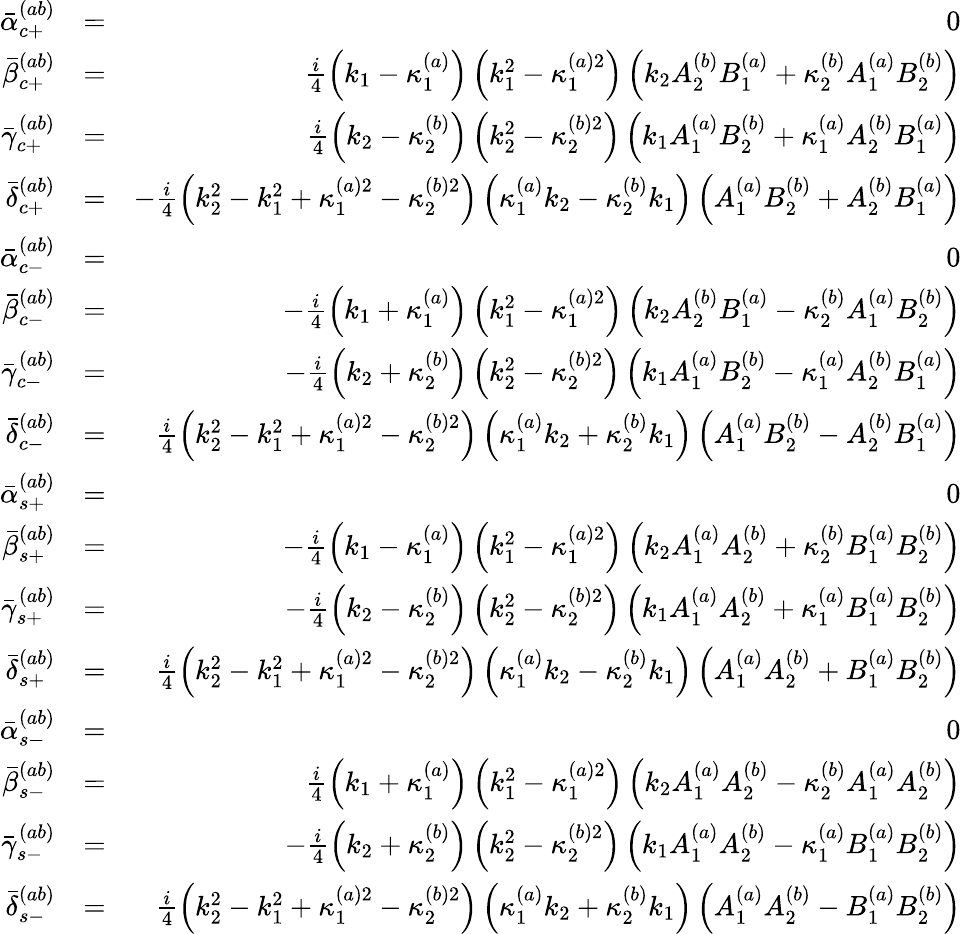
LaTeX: \begin{array}{rlr}{\bar{\alpha}_{c+}^{(ab)}}&{=}&{0}\\ {\bar{\beta}_{c+}^{(ab)}}&{=}&{\frac{i}{4}\left(k_{1}-\kappa_{1}^{(a)}\right)\left(k_{1}^{2}-\kappa_{1}^{(a)2}\right)\left(k_{2}A_{2}^{(b)}B_{1}^{(a)}+\kappa_{2}^{(b)}A_{1}^{(a)}B_{2}^{(b)}\right)}\\ {\bar{\gamma}_{c+}^{(ab)}}&{=}&{\frac{i}{4}\left(k_{2}-\kappa_{2}^{(b)}\right)\left(k_{2}^{2}-\kappa_{2}^{(b)2}\right)\left(k_{1}A_{1}^{(a)}B_{2}^{(b)}+\kappa_{1}^{(a)}A_{2}^{(b)}B_{1}^{(a)}\right)}\\ {\bar{\delta}_{c+}^{(ab)}}&{=}&{-\frac{i}{4}\left(k_{2}^{2}-k_{1}^{2}+\kappa_{1}^{(a)2}-\kappa_{2}^{(b)2}\right)\left(\kappa_{1}^{(a)}k_{2}-\kappa_{2}^{(b)}k_{1}\right)\left(A_{1}^{(a)}B_{2}^{(b)}+A_{2}^{(b)}B_{1}^{(a)}\right)}\\ {\bar{\alpha}_{c-}^{(ab)}}&{=}&{0}\\ {\bar{\beta}_{c-}^{(ab)}}&{=}&{-\frac{i}{4}\left(k_{1}+\kappa_{1}^{(a)}\right)\left(k_{1}^{2}-\kappa_{1}^{(a)2}\right)\left(k_{2}A_{2}^{(b)}B_{1}^{(a)}-\kappa_{2}^{(b)}A_{1}^{(a)}B_{2}^{(b)}\right)}\\ {\bar{\gamma}_{c-}^{(ab)}}&{=}&{-\frac{i}{4}\left(k_{2}+\kappa_{2}^{(b)}\right)\left(k_{2}^{2}-\kappa_{2}^{(b)2}\right)\left(k_{1}A_{1}^{(a)}B_{2}^{(b)}-\kappa_{1}^{(a)}A_{2}^{(b)}B_{1}^{(a)}\right)}\\ {\bar{\delta}_{c-}^{(ab)}}&{=}&{\frac{i}{4}\left(k_{2}^{2}-k_{1}^{2}+\kappa_{1}^{(a)2}-\kappa_{2}^{(b)2}\right)\left(\kappa_{1}^{(a)}k_{2}+\kappa_{2}^{(b)}k_{1}\right)\left(A_{1}^{(a)}B_{2}^{(b)}-A_{2}^{(b)}B_{1}^{(a)}\right)}\\ {\bar{\alpha}_{s+}^{(ab)}}&{=}&{0}\\ {\bar{\beta}_{s+}^{(ab)}}&{=}&{-\frac{i}{4}\left(k_{1}-\kappa_{1}^{(a)}\right)\left(k_{1}^{2}-\kappa_{1}^{(a)2}\right)\left(k_{2}A_{1}^{(a)}A_{2}^{(b)}+\kappa_{2}^{(b)}B_{1}^{(a)}B_{2}^{(b)}\right)}\\ {\bar{\gamma}_{s+}^{(ab)}}&{=}&{-\frac{i}{4}\left(k_{2}-\kappa_{2}^{(b)}\right)\left(k_{2}^{2}-\kappa_{2}^{(b)2}\right)\left(k_{1}A_{1}^{(a)}A_{2}^{(b)}+\kappa_{1}^{(a)}B_{1}^{(a)}B_{2}^{(b)}\right)}\\ {\bar{\delta}_{s+}^{(ab)}}&{=}&{\frac{i}{4}\left(k_{2}^{2}-k_{1}^{2}+\kappa_{1}^{(a)2}-\kappa_{2}^{(b)2}\right)\left(\kappa_{1}^{(a)}k_{2}-\kappa_{2}^{(b)}k_{1}\right)\left(A_{1}^{(a)}A_{2}^{(b)}+B_{1}^{(a)}B_{2}^{(b)}\right)}\\ {\bar{\alpha}_{s-}^{(ab)}}&{=}&{0}\\ {\bar{\beta}_{s-}^{(ab)}}&{=}&{\frac{i}{4}\left(k_{1}+\kappa_{1}^{(a)}\right)\left(k_{1}^{2}-\kappa_{1}^{(a)2}\right)\left(k_{2}A_{1}^{(a)}A_{2}^{(b)}-\kappa_{2}^{(b)}A_{1}^{(a)}A_{2}^{(b)}\right)}\\ {\bar{\gamma}_{s-}^{(ab)}}&{=}&{-\frac{i}{4}\left(k_{2}+\kappa_{2}^{(b)}\right)\left(k_{2}^{2}-\kappa_{2}^{(b)2}\right)\left(k_{1}A_{1}^{(a)}A_{2}^{(b)}-\kappa_{1}^{(a)}B_{1}^{(a)}B_{2}^{(b)}\right)}\\ {\bar{\delta}_{s-}^{(ab)}}&{=}&{\frac{i}{4}\left(k_{2}^{2}-k_{1}^{2}+\kappa_{1}^{(a)2}-\kappa_{2}^{(b)2}\right)\left(\kappa_{1}^{(a)}k_{2}+\kappa_{2}^{(b)}k_{1}\right)\left(A_{1}^{(a)}A_{2}^{(b)}-B_{1}^{(a)}B_{2}^{(b)}\right)}\end{array}